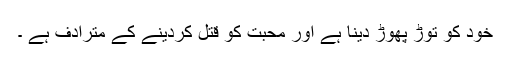
خود کو توڑ پھوڑ دینا ہے اور محبت کو قتل کردینے کے مترادف ہے ۔